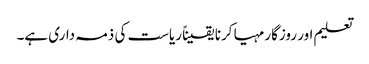
تعلیم اور روزگار مہیا کرنا یقیناً ریاست کی ذمہ داری ہے۔